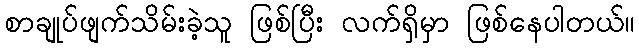
စာချုပ်ဖျက်သိမ်းခဲ့သူ ဖြစ်ပြီး လက်ရှိမှာ ဖြစ်နေပါတယ်။